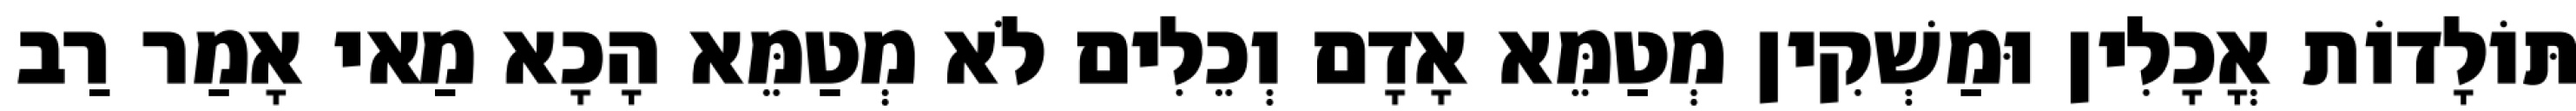
תּוֹלָדוֹת אֳכָלִין וּמַשְׁקִין מְטַמֵּא אָדָם וְכֵלִים לֹא מְטַמֵּא הָכָא מַאי אָמַר רַב